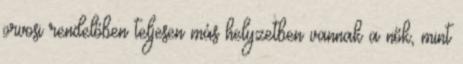
orvosi rendelőben teljesen más helyzetben vannak a nők, mint